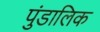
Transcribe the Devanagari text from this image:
पुंडालिक